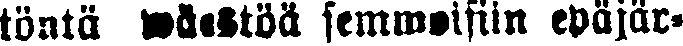
töntä wäestöä semmoisiin epäjär-